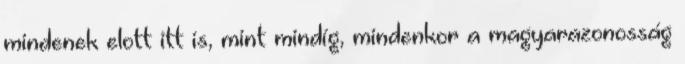
mindenek elott itt is, mint mindíg, mindenkor a magyarazonosság